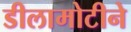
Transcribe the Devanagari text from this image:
डीलामोटीने